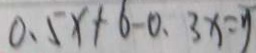
0 . 5 x + 6 - 0 . 3 x = y